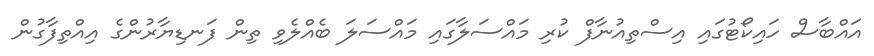
އައްބާސް ހައިކޯޓުގައި އިސްތިއުނާފް ކުރި މައްސަލާގައި މައްސަލަ ބެއްލެވި ތިން ފަނޑިޔާރުންގެ އިއްތިފާގުން